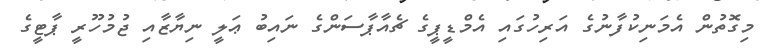
މިގޮތުން އެމަނިކުފާނުގެ އަރިހުގައި އެމްޑީޕީގެ ޗެއާޕާސަންގެ ނައިބު ޢަލީ ނިޔާޒާއި ޖުމުހޫރީ ޕާޓީގެ